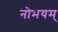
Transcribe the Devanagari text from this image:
नोभयम्